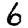
Digit: 6